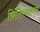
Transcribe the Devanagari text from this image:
प्रितिस्थापन